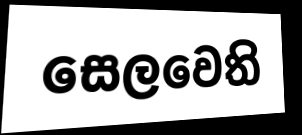
සෙලවෙති